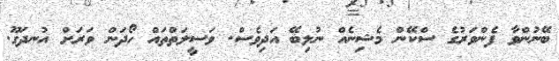
ބޭނުންވާ ފެންވަރުގެ ސްކޭން މެޝިނެއް ނުލިބޭ އަދިވެސް. ވަސީލަތްތައް ހޯދަން ވަރަށް އުނދަގޫ.